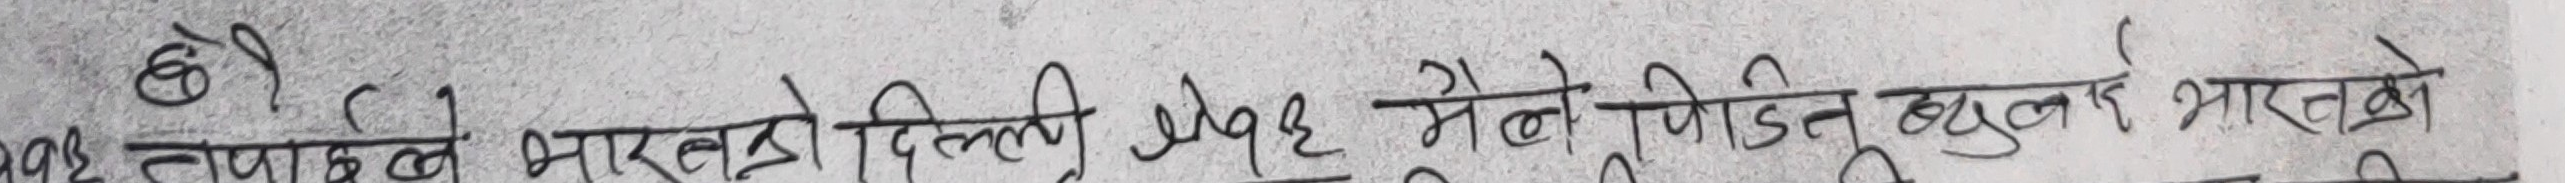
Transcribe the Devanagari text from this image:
छ ।
१९३६ तापा केले भारतको दिल्ली भेट्न येले भने युनिडन यूलाई भारतको